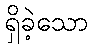
ရှိခဲ့သော